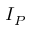
I _ { P }